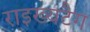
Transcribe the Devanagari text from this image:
राइख्यटैग